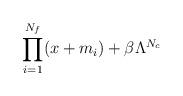
LaTeX: \begin{align*}\prod_{i=1}^{N_f}(x+m_i) + \beta \Lambda^{N_c}\end{align*}